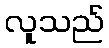
လူသည်